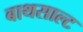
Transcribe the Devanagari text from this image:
बाथसाल्ट